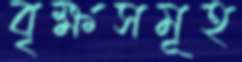
বৃক্ষসমূহ